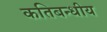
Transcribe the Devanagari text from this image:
कतिबन्धीय